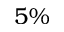
5 \%